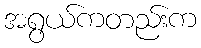
အရွယ်ကတည်းက